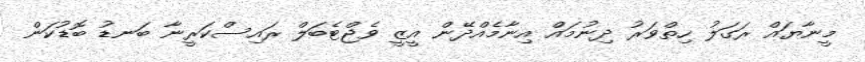
މީނާޔައް ރަގަލު ހިތްވަރު ދިނުމައް އިނާމެއްދޭން އީޒީ ވެޖްޓެބަލް ރައިސްކަރީނާ ބަނޑު ބޮޑުކަން